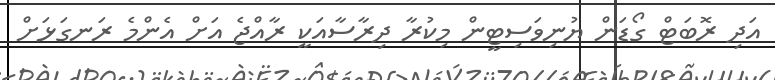
އަދި ރޮބަޓް ގޯޑަން ޔުނިވަސިޓީން މިކުރާ ދިރާސާއަކީ ރާއްޖެ އަށް އެންމެ ރަނގަޅަށް